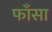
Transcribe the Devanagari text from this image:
फाँसा